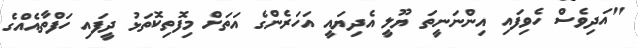
"އަދިވެސް ހެވިފައި އިންނަނީތަ ޔޫލީ އެދިޔައީ އަހަރެންގެ އަތަށް މިފޮތިކޮތަޅު ދީފައި ހަފްތާއެއްގެ